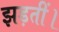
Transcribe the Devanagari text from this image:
झड़तीं।